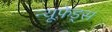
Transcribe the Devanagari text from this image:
न्यूफ़ेड्स